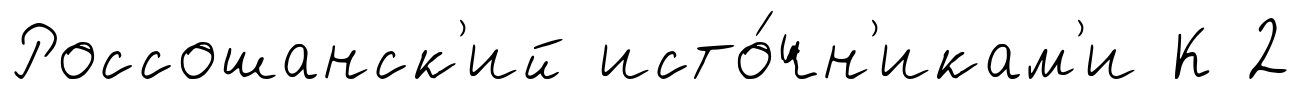
Россошанск'ий исто́чн'икам'и К 2